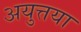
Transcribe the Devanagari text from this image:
अयुत्तया